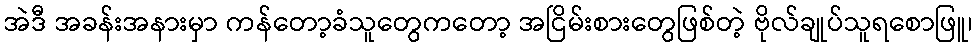
အဲဒီ အခန်းအနားမှာ ကန်တော့ခံသူတွေကတော့ အငြိမ်းစားတွေဖြစ်တဲ့ ဗိုလ်ချုပ်သူရစောဖြူ၊